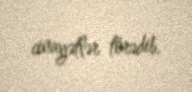
cinayətlər törədib.